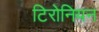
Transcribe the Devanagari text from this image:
टिरोनियन